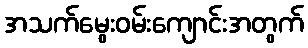
အသက်မွေးဝမ်းကျောင်းအတွက်